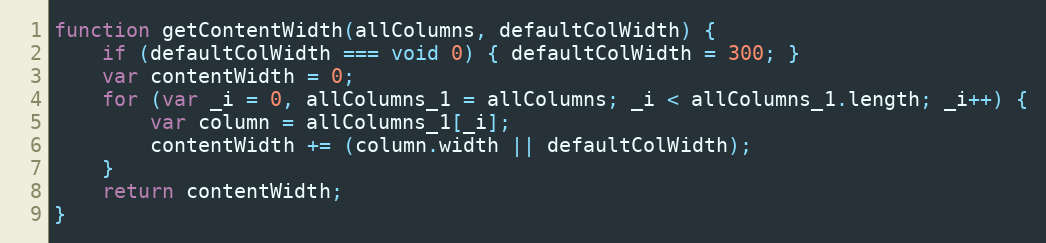
Language: JavaScript
function getContentWidth(allColumns, defaultColWidth) {
    if (defaultColWidth === void 0) { defaultColWidth = 300; }
    var contentWidth = 0;
    for (var _i = 0, allColumns_1 = allColumns; _i < allColumns_1.length; _i++) {
        var column = allColumns_1[_i];
        contentWidth += (column.width || defaultColWidth);
    }
    return contentWidth;
}